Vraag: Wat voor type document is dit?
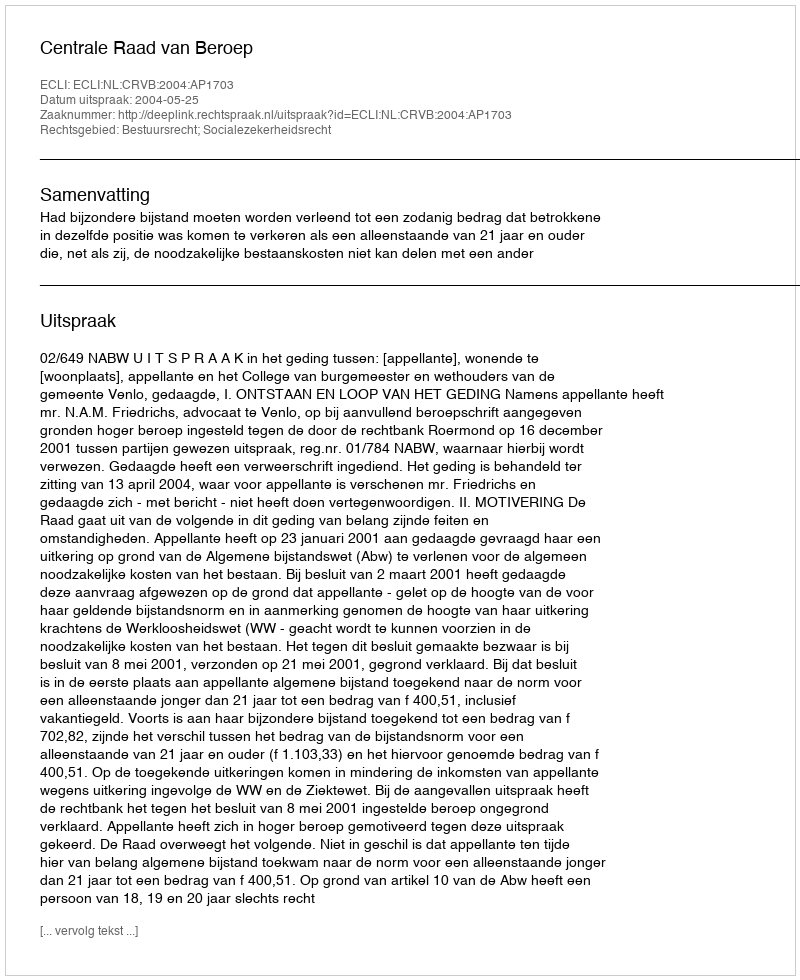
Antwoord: Uitspraak